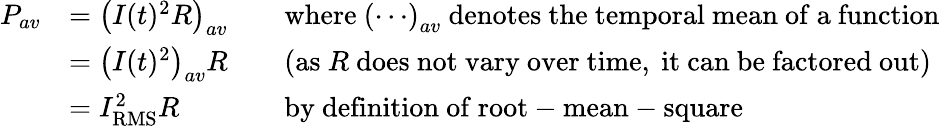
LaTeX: {\begin{array}{rlrl}{P_{av}}&{=\left(I(t)^{2}R\right)_{av}}&&{{\mathrm{where~}}\left(\cdots\right)_{av}{\mathrm{~denotes~the~temporal~mean~of~a~function}}}\\ &{=\left(I(t)^{2}\right)_{av}R}&&{{\mathrm{(as~}}R{\mathrm{~does~not~vary~over~time,~it~can~be~factored~out)}}}\\ &{=I_{\mathrm{RMS}}^{2}R}&&{{\mathrm{by~definition~of~root-mean-square}}}\end{array}}